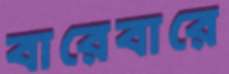
বারেবারে